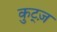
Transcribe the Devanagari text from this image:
कुट्ज़